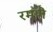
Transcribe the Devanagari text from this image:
रमणे